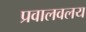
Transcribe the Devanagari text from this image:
प्रवालवलय